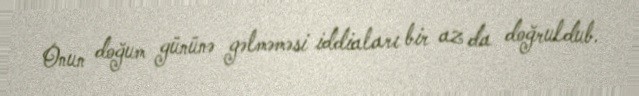
Onun doğum gününə gəlməməsi iddiaları bir az da doğruldub.